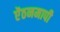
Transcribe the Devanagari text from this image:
ऐंठनमापी